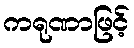
ကရုဏာဖြင့်